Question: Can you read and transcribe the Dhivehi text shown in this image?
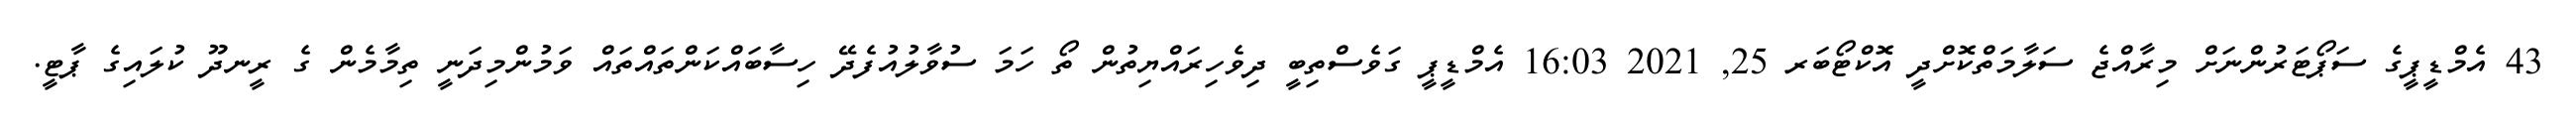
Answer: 43 އެމްޑީޕީގެ ސަޕޯޓަރުންނަށް މިރާއްޖެ ސަލާމަތްކޮށްދީ އޮކްޓޯބަރ 25, 2021 16:03 އެމްޑީޕީ ގަވެސްތިބީ ދިވެހިރައްޔިތުން ތޯ ހަމަ ސުވާލުއުފެދޭ ހިސާބައްކަންތައްތައް ވަމުންމިދަނީ ތިމާމެން ގެ ރީނދޫ ކުލައިގެ ޕާޓީ.